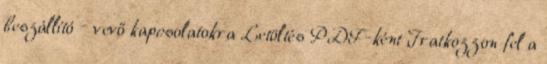
beszállító – vevő kapcsolatokra Letöltés PDF-ként Iratkozzon fel a